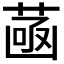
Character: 𦴻